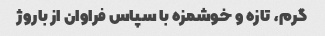
گرم، تازه و خوشمزه با سپاس فراوان از باروژ